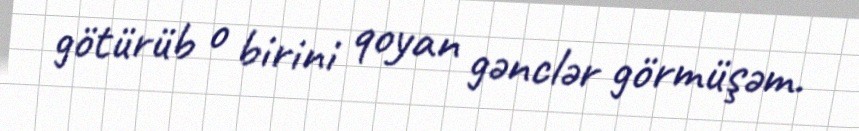
götürüb o birini qoyan gənclər görmüşəm.